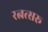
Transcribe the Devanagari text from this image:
रत्नत्सरू